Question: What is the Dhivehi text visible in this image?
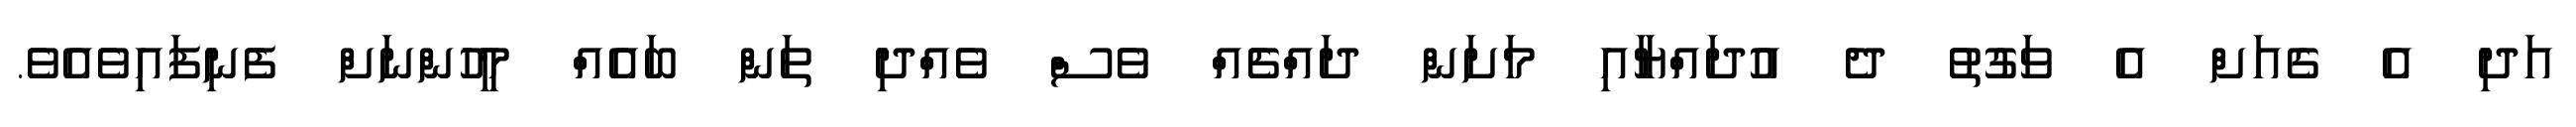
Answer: އަދި އެ ގެއަށް އެ ވަގުތު ދެ އުދައްޔާއި މަށަން ދައްޗެއް ވެސް ވެއްދި ތަން ބައެއް މީހުންނަށް ފެނިފައިވެއެވެ.